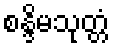
စန္ဒိမသုတ္တံ